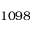
1 0 9 8